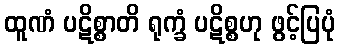
ထူဏံ ပဋိစ္စာတိ ရုက္ခံ ပဋိစ္စဟု ဖွင့်ပြပုံ